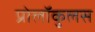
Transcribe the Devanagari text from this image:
प्रोलॉकुलस